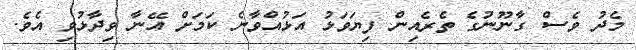
މެދު ވެސް ގާނޫނުގެ ތެރެއިން ފިޔަވަޅު އަޅުއްވާނެ ކަމަށް އޭނާ ވިދާޅުވި އެވެ.